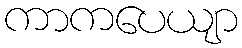
ကာကပေယျာ